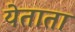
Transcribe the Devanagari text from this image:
येताता